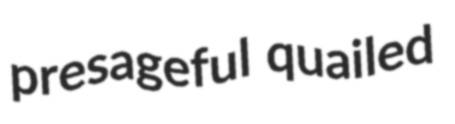
presageful quailed